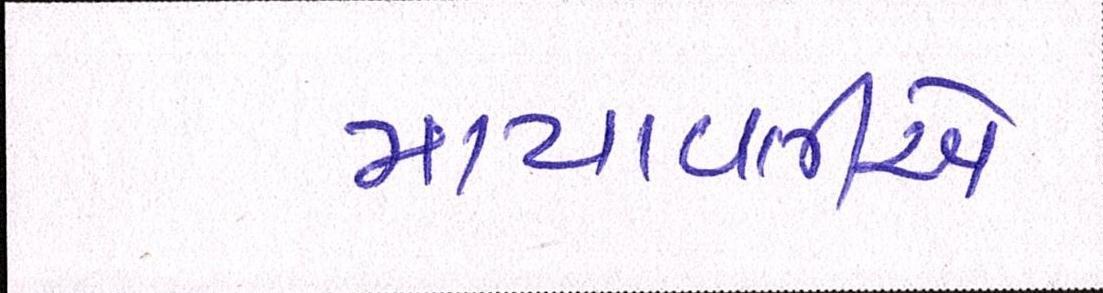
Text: માયાવતીએ